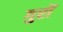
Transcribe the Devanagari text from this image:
गुरों